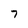
Character: 7